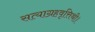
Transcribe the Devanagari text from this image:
सत्याग्रहवृत्तिथी।